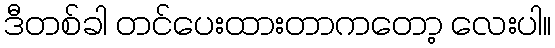
ဒီတစ်ခါ တင်ပေးထားတာကတော့ လေးပါ။